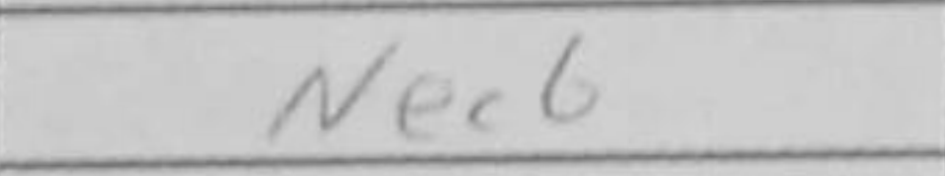
Transcription: Nec6